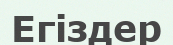
Егіздер